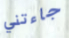
جاءتني